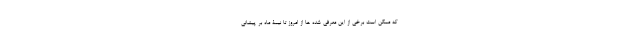
که ممکن است برخی از این معرفی شده ها از امروز تا نیمۀ ماه بر پیشانی